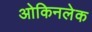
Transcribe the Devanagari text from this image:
ओकिनलेक